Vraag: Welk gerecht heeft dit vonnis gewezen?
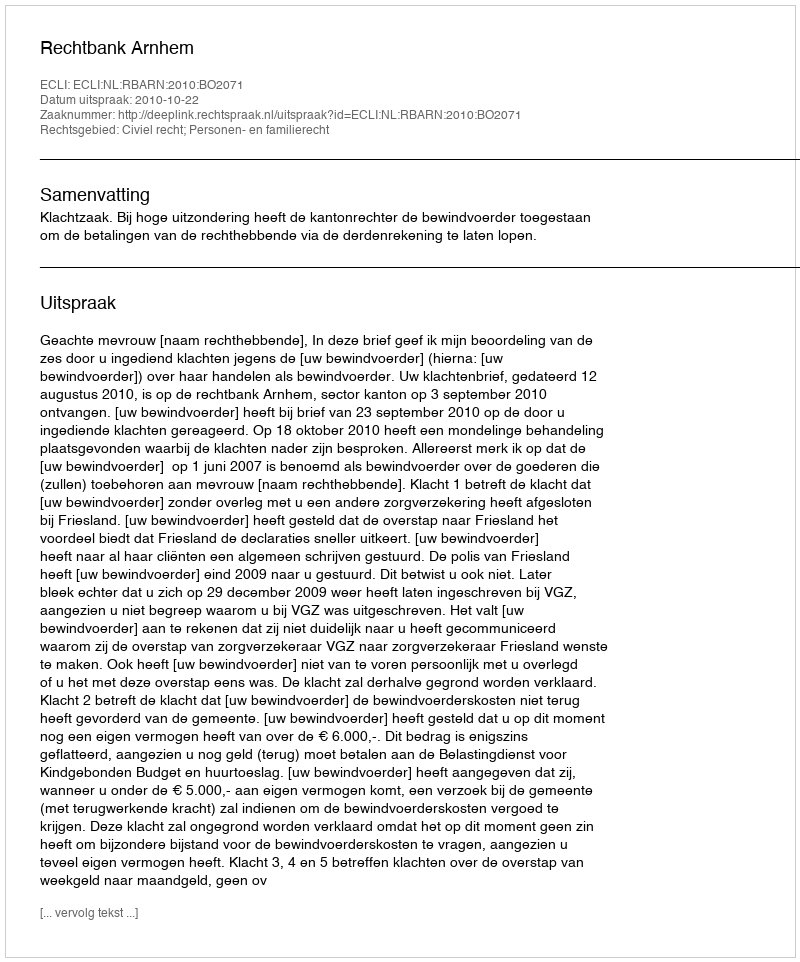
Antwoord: Rechtbank Arnhem